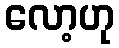
လော့ဟု